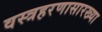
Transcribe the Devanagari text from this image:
वस्त्रहरणासारख्या